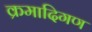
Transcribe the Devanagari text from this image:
क्रमादिगण